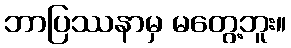
ဘာပြဿနာမှ မတွေ့ဘူး။